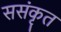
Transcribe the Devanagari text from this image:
ससंकृत